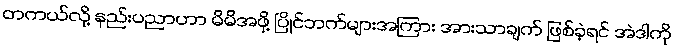
တကယ်လို့ နည်းပညာဟာ မိမိအဖို့ ပြိုင်ဘက်များအကြား အားသာချက် ဖြစ်ခဲ့ရင် အဲဒါကို